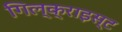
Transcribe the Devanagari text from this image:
गिल्क्राइस्ट